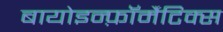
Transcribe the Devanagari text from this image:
बायोइन्फ़ॉर्मैटिक्स